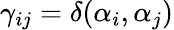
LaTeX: \gamma_{ij}=\delta({\alpha_{i},\alpha_{j}})